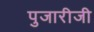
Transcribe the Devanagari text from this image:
पुजारीजी